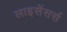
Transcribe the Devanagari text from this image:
लाइसेंसर्स